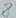
Text: 8